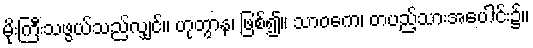
မိုးကြီးသဖွယ်သည်လျှင်။ ဟုတွာန၊ ဖြစ်၍။ သာဝကေ၊ တပည့်သားအပေါင်း၌။